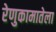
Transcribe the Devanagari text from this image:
रेणुकामातेला